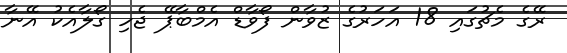
ރޭގެ މެޗުގައި 18 އަހަރުގެ ޒުވާން ފޯވާޑް އެމްބާޕޭ ޖެހި ގޯލާއެކު އޭނާ